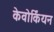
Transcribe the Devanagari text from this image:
केवोर्कियन